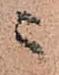
ニ